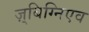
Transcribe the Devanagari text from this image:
ज़्बिग्निएव